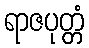
ရာဇပုတ္တံ